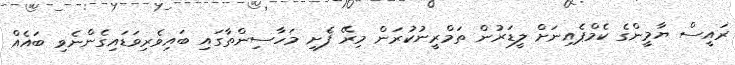
ރައީސް ޔާމީންގެ ކެމްޕެއިނަށް ލީޑަރުން ތަމްރީނުކުރަން މިރޭ ފެށި މަހާސިންތާގައި ބައިވެރިވަޑައިގެންނެވި ބައެއް